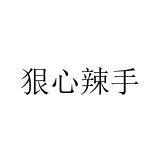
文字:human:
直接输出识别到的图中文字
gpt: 狠心辣手